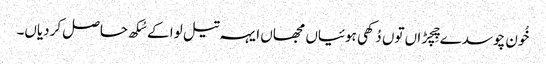
خُون چوسدے چِچڑاں توں دُکھی ہوئیاں مجھاں ایہہ تیل لوا کے سُکھ حاصل کردیاں۔